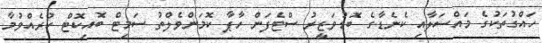
ހައްގުތަކުގެ މައްސަލާއި ކެނެޑާގެ ބޮޑުވަޒީރު ސްޓެފަން ހާޕާ ކޮމަންވެލްތު ސަމިޓް ބޮއިކޮޓް ކުރެއްވުމާ